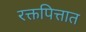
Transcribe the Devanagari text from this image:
रक्तपित्तात